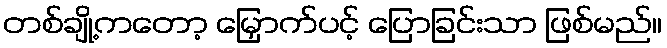
တစ်ချို့ကတော့ မြှောက်ပင့် ပြောခြင်းသာ ဖြစ်မည်။